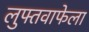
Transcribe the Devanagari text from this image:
लुफ्तवाफेला